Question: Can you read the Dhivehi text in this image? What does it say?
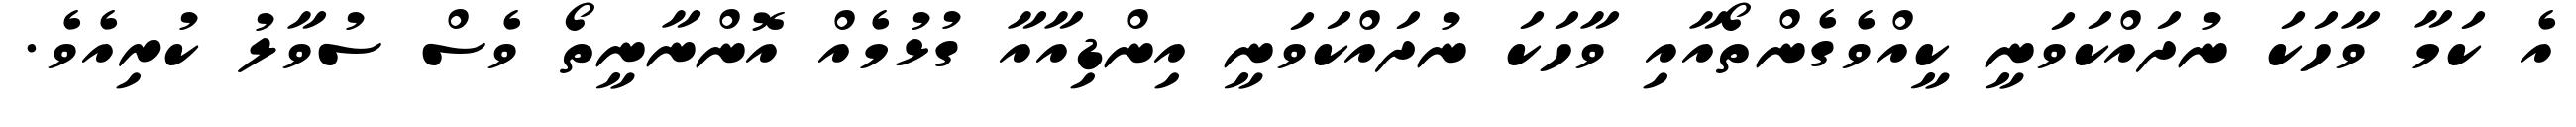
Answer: އެ ކަމާ ވާހަކަ ނުދައްކަވަނީ ކީއްވެގެންތޯއާއި ވާހަކަ ނުދައްކަވަނީ އިންޑިއާއާ ގުޅުމެއް އޮންނާނީތޯ ވެސް ސުވާލު ކުރިއެވެ.